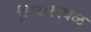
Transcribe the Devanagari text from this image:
विचारस्थळ